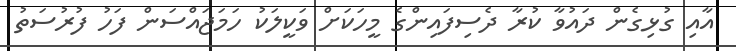
އާއި ގުޅިގެން ދައުވާ ކުރާ ދެސިފައިންގެ މީހަކަށް ވަކީލަކު ހަމަޖައްސަން ފަހު ފުރުސަތު